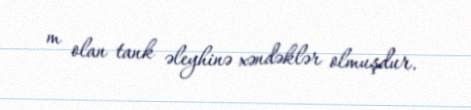
m olan tank əleyhinə xəndəklər olmuşdur.